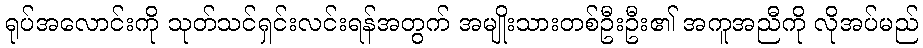
ရုပ်အလောင်းကို သုတ်သင်ရှင်းလင်းရန်အတွက် အမျိုးသားတစ်ဦးဦး၏ အကူအညီကို လိုအပ်မည်